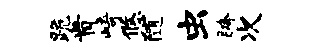
跪肯崎悠随虫胯次